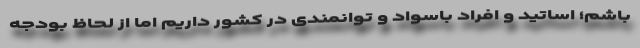
باشم؛ اساتید و افراد باسواد و توانمندی در کشور داریم اما از لحاظ بودجه